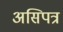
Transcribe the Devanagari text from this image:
असिपत्र